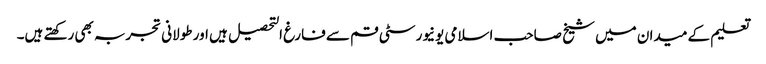
تعلیم کے میدان میں شیخ صاحب اسلامی یونیورسٹی قم سے فارغ التحصیل ہیں اور طولانی تجربہ بھی رکھتے ہیں۔